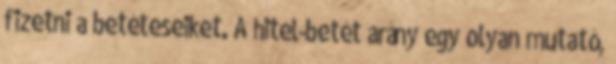
fizetni a betéteseiket. A hitel-betét arány egy olyan mutató,